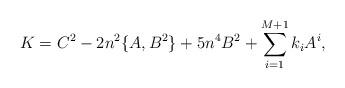
LaTeX: \begin{align*} K=C^{2}-2n^{2}\{A,B^{2}\}+5 n^{4} B^{2} +\sum_{i=1}^{M+1} k_{i} A^{i},\end{align*}